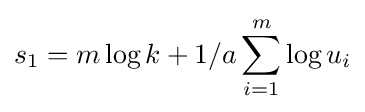
s_{1}=m\log k+1/a\sum _{i=1}^{m}\log u_{i}